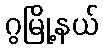
ဂွမြို့နယ်